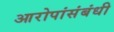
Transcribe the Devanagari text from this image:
आरोपांसंबंधी